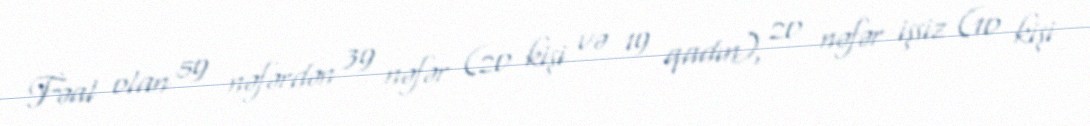
Fəal olan 59 nəfərdən 39 nəfər (20 kişi və 19 qadın), 20 nəfər işsiz (10 kişi